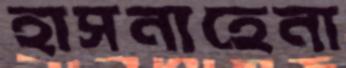
হাসনাহেনা